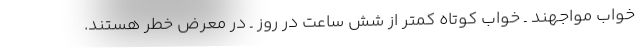
خواب مواجهند ـ خواب کوتاه کمتر از شش ساعت در روز ـ در معرض خطر هستند.